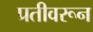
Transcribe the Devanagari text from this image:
प्रतीवरून